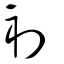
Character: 初